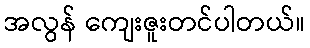
အလွန် ကျေးဇူးတင်ပါတယ်။